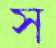
স